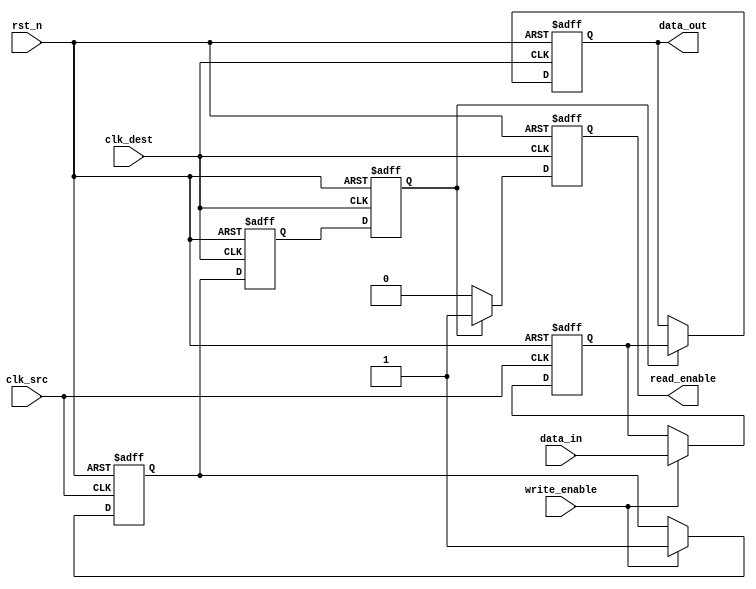
module MemoryBlocksHandshakeSynchronizer #(
    parameter DATA_WIDTH = 8  // Parameter for data width
)(
    input wire clk_src,        // Source clock
    input wire clk_dest,       // Destination clock
    input wire rst_n,          // Asynchronous reset (active low)
    input wire [DATA_WIDTH-1:0] data_in, // Data input from source clock domain
    input wire write_enable,    // Write enable signal
    output reg [DATA_WIDTH-1:0] data_out, // Synchronized data output
    output reg read_enable      // Read enable signal
);

    // Internal signals
    reg [DATA_WIDTH-1:0] data_latched; // Latch for data
    reg data_ready;                    // Data ready signal
    reg ack;                           // Acknowledgment signal

    // Synchronization registers for data_ready and ack
    reg data_ready_sync_1, data_ready_sync_2;
    reg ack_sync_1, ack_sync_2;

    // Capture data on the rising edge of clk_src
    always @(posedge clk_src or negedge rst_n) begin
        if (!rst_n) begin
            data_latched <= 0;
            data_ready <= 0;
        end else if (write_enable) begin
            data_latched <= data_in; // Latch the data
            data_ready <= 1;         // Indicate data is ready
        end
    end

    // Synchronize data_ready to clk_dest
    always @(posedge clk_dest or negedge rst_n) begin
        if (!rst_n) begin
            data_ready_sync_1 <= 0;
            data_ready_sync_2 <= 0;
        end else begin
            data_ready_sync_1 <= data_ready;
            data_ready_sync_2 <= data_ready_sync_1;
        end
    end

    // Handle data transfer and acknowledgment
    always @(posedge clk_dest or negedge rst_n) begin
        if (!rst_n) begin
            data_out <= 0;
            read_enable <= 0;
            ack <= 0;
        end else begin
            if (data_ready_sync_2) begin
                data_out <= data_latched; // Transfer the latched data
                read_enable <= 1;         // Indicate data is ready to be read
                ack <= 1;                 // Assert acknowledgment
            end else begin
                read_enable <= 0;         // Clear read enable
                ack <= 0;                 // Clear acknowledgment
            end
        end
    end

    // Synchronize ack back to clk_src (optional, if needed)
    always @(posedge clk_src or negedge rst_n) begin
        if (!rst_n) begin
            ack_sync_1 <= 0;
            ack_sync_2 <= 0;
        end else begin
            ack_sync_1 <= ack;
            ack_sync_2 <= ack_sync_1;
        end
    end

endmodule